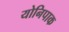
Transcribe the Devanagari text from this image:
योनिपाक